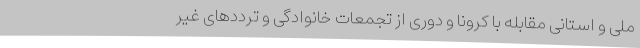
ملی و استانی مقابله با کرونا و دوری از تجمعات خانوادگی و ترددهای غیر